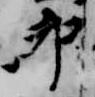
卯